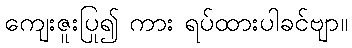
ကျေးဇူးပြု၍ ကား ရပ်ထားပါခင်ဗျာ။